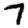
Digit: 7